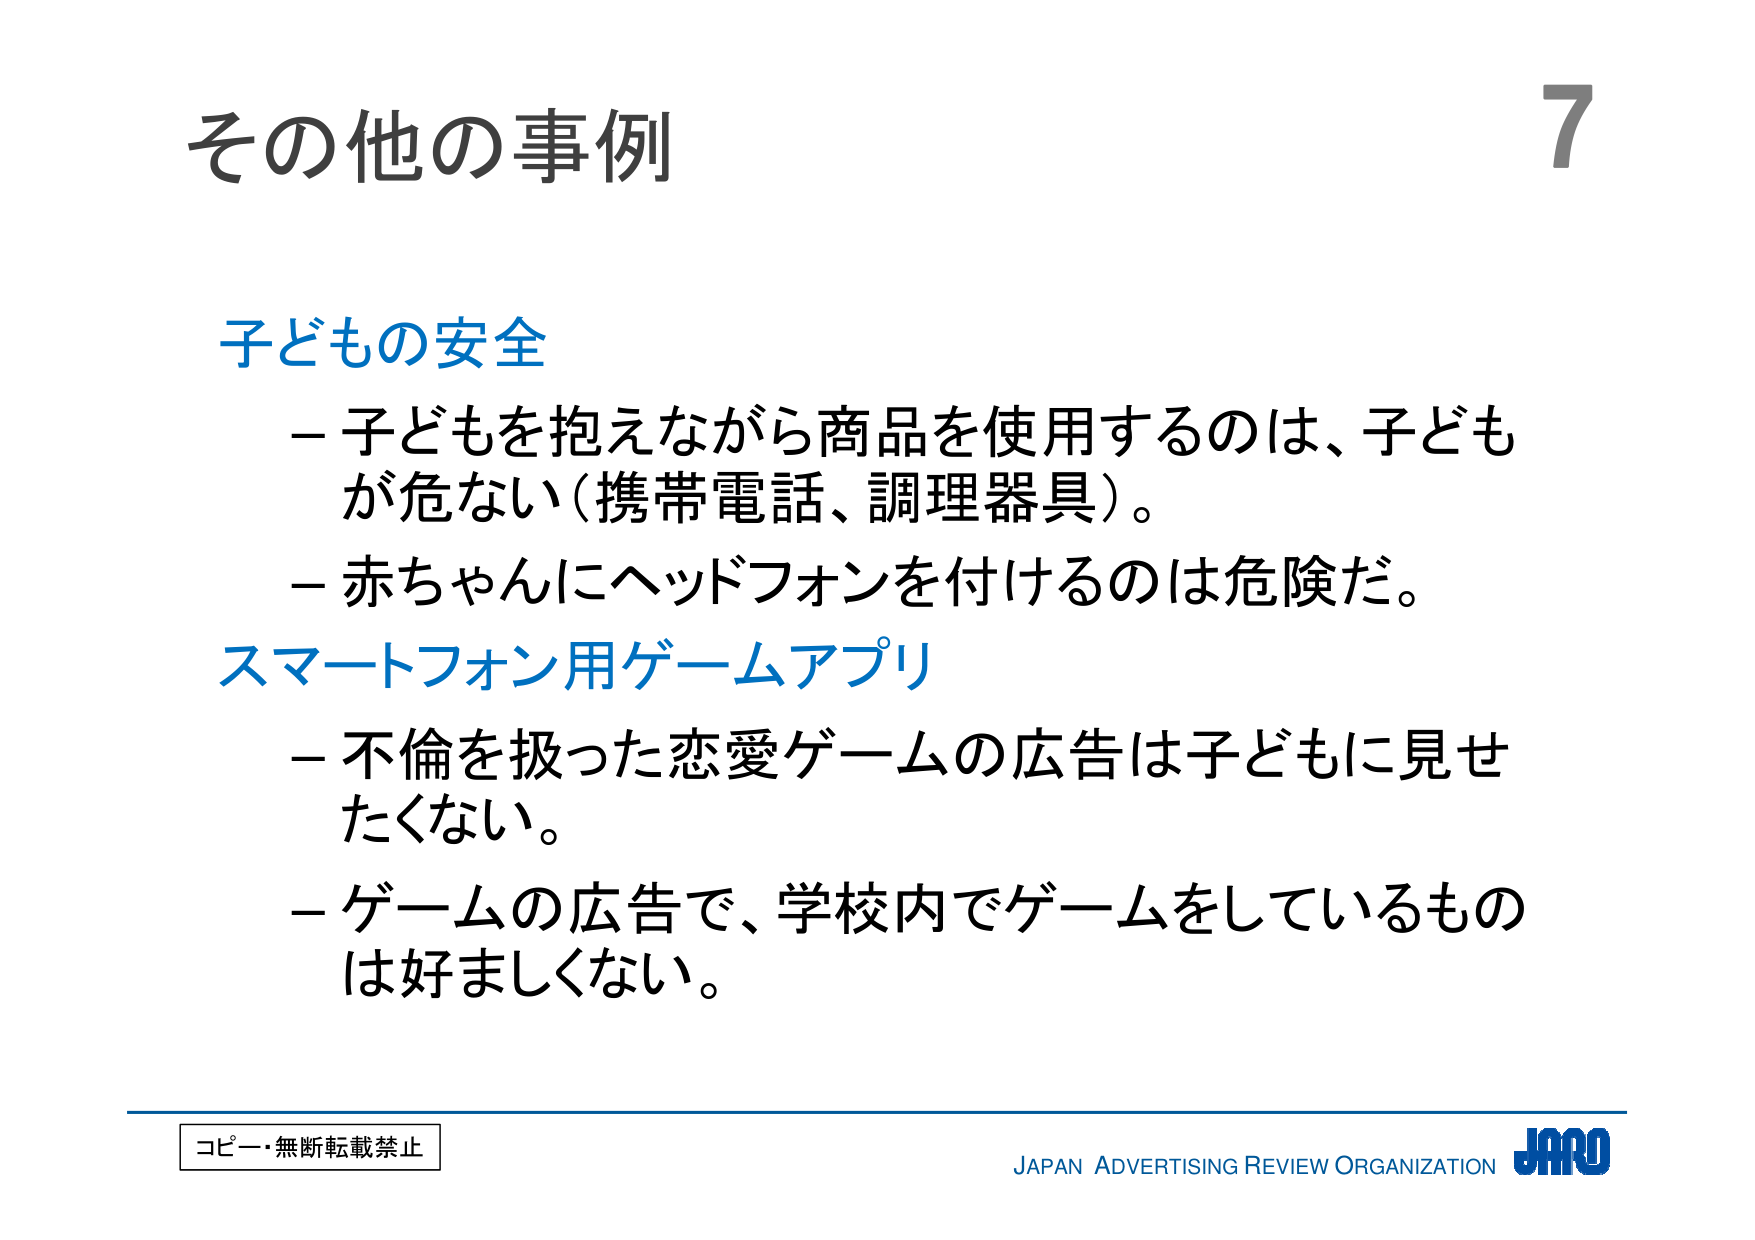
その他の事例

子どもの安全
－子どもを抱えながら商品を使用するのは、子どもが危ない（携帯電話、調理器具）。
－赤ちゃんにヘッドフォンを付けるのは危険だ。

スマートフォン用ゲームアプリ
－不倫を扱った恋愛ゲームの広告は子どもに見せたくない。
－ゲームの広告で、学校内でゲームをしているものは好ましくない。

コピー・無断転載禁止
JAPAN ADVERTISING REVIEW ORGANIZATION JARO
7